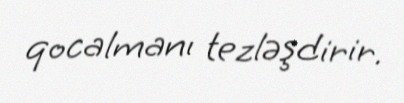
qocalmanı tezləşdirir.